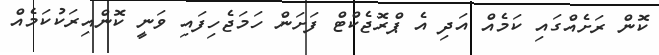
ކޮން ރަށެއްގައި ކަމެއް އަދި އެ ޕްރޮޖެކްޓް ފަށަން ހަމަޖެހިފައި ވަނީ ކޮންއިރަކުކަމެއް